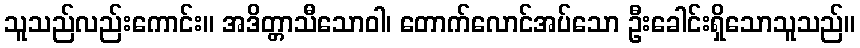
သူသည်လည်းကောင်း။ အဒိတ္တာသီသောဝါ၊ တောက်လောင်အပ်သော ဦးခေါင်းရှိသောသူသည်။